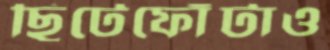
ছিটেফোঁটাও